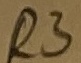
Text: R3